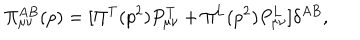
LaTeX: \Pi _ { \mu \nu } ^ { A B } ( p ) = [ \Pi ^ { \mathrm { T } } ( p ^ { 2 } ) P _ { \mu \nu } ^ { \mathrm { T } } + \Pi ^ { \mathrm { L } } ( p ^ { 2 } ) P _ { \mu \nu } ^ { \mathrm { L } } ] \delta ^ { A B } ,